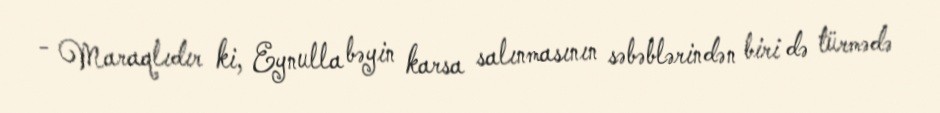
- Maraqlıdır ki, Eynulla bəyin karsa salınmasının səbəblərindən biri də türmədə